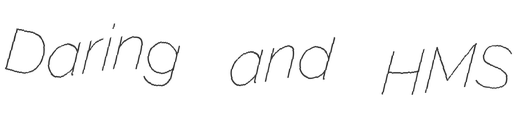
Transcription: Daring and HMS